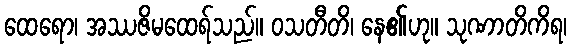
ထေရော၊ အဿဇိမထေရ်သည်။ ဝသတီတိ၊ နေ၏ဟု။ သုဏာတိကိရ၊